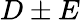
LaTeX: D\pm E